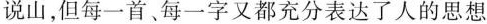
说山，但每一首、每一字又都充分表达了人的思想